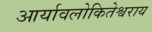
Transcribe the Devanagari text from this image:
आर्यावलोकितेश्वराय